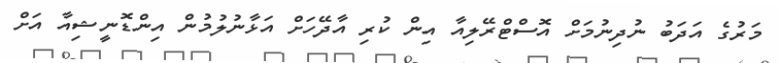
މަރުގެ އަދަބު ނުދިނުމަށް އޮސްޓްރޭލިއާ އިން ކުރި އާދޭހަށް އަޅާނުލުމުން އިންޑޮނީޝިއާ އަށް